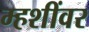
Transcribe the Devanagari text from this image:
म्हशींवर